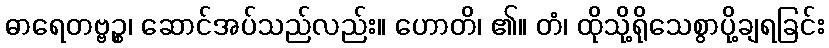
ဓာရေတဗ္ဗဉ္စ၊ ဆောင်အပ်သည်လည်း။ ဟောတိ၊ ၏။ တံ၊ ထိုသို့ရိုသေစွာပို့ချရခြင်း